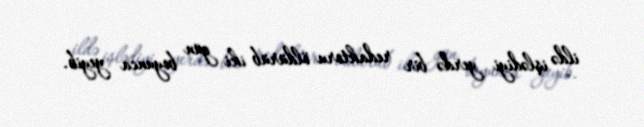
ildə işlədiyi yerdə bir redaktoru öldürüb iki gün boyunca yeyib.